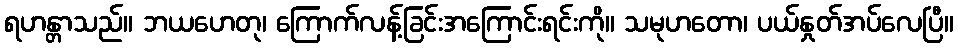
ရဟန္တာသည်။ ဘယဟေတု၊ ကြောက်လန့်ခြင်းအကြောင်းရင်းကို။ သမုဟတော၊ ပယ်နှုတ်အပ်လေပြီ။